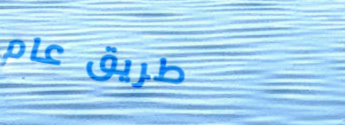
طريق عام